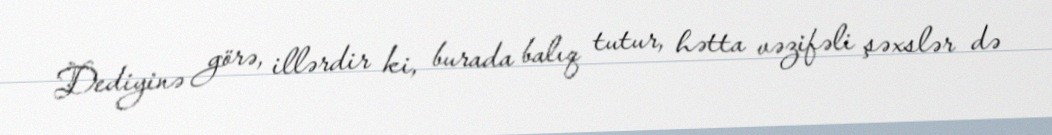
Dediyinə görə, illərdir ki, burada balıq tutur, hətta vəzifəli şəxslər də